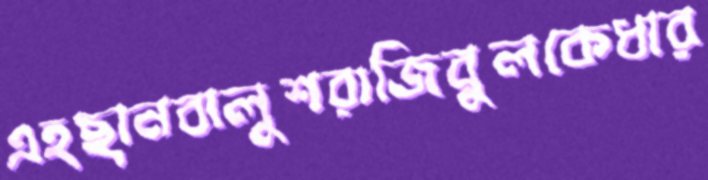
এহছানবালুশরাজিবুলকেধার